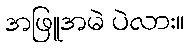
အဖြူအမဲ ပဲလား။